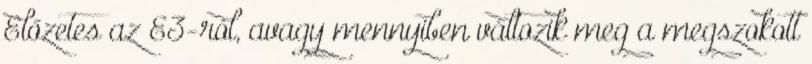
Előzetes az E3-ról, avagy mennyiben változik meg a megszokott